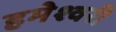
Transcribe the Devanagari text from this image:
हमेश्वरी